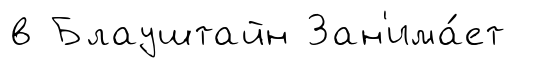
в Блауштайн Зан'има́ет